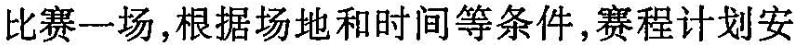
比赛一场，根据场地和时间等条件，赛程计划安